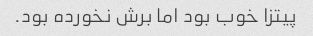
پیتزا خوب بود اما برش نخورده بود.